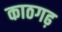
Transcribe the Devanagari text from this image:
काठगढ़